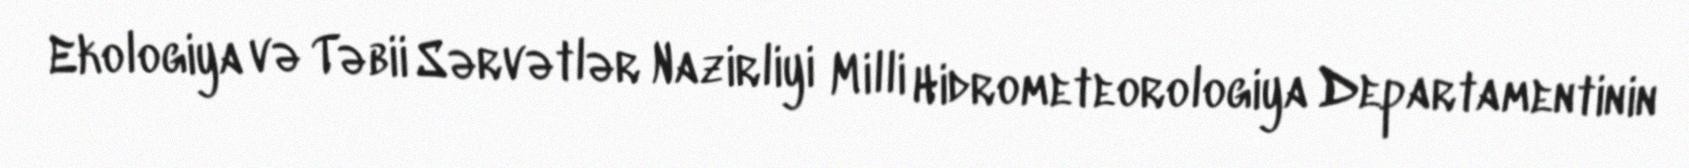
Ekologiya və Təbii Sərvətlər Nazirliyi Milli Hidrometeorologiya Departamentinin